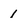
Character: 1